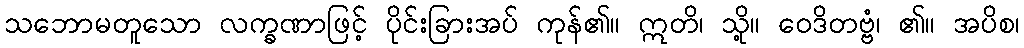
သဘောမတူသော လက္ခဏာဖြင့် ပိုင်းခြားအပ် ကုန်၏။ ဣတိ၊ သို့။ ဝေဒိတဗ္ဗံ၊ ၏။ အပိစ၊